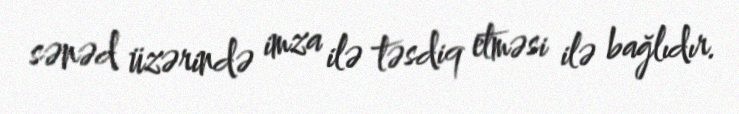
sənəd üzərində imza ilə təsdiq etməsi ilə bağlıdır.